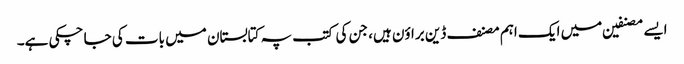
ایسے مصنفین میں ایک اہم مصنف ڈین براؤن ہیں، جن کی کتب پہ کتابستان میں بات کی جا چکی ہے۔